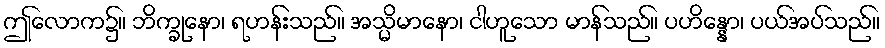
ဤလောက၌။ ဘိက္ခုနော၊ ရဟန်းသည်။ အသ္မိမာနော၊ ငါဟူသော မာန်သည်။ ပဟိန္နော၊ ပယ်အပ်သည်။